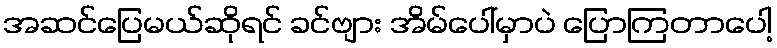
အဆင်ပြေမယ်ဆိုရင် ခင်ဗျား အိမ်ပေါ်မှာပဲ ပြောကြတာပေါ့